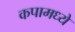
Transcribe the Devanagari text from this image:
कपामध्ये